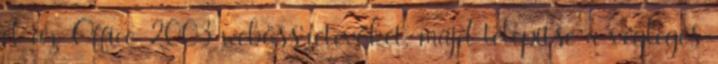
el az Office 2003 webösszetevőket, majd telepítse a végleges